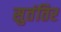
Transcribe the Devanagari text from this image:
सुतंतिर